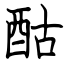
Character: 酤